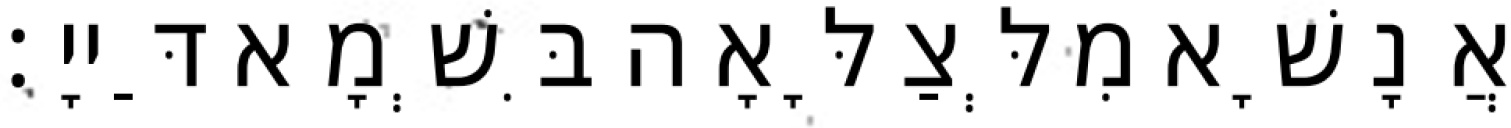
אֲנָשָׁא מִלְּצַלָּאָה בִּשְׁמָא דַּייָ׃